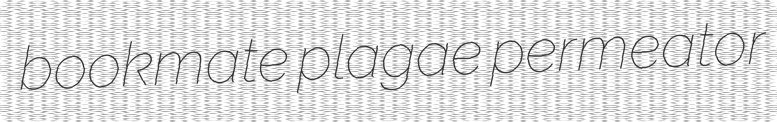
bookmate plagae permeator